Lunatic asylums Madras 1892-1911 - 1892-1911
Year: 1892
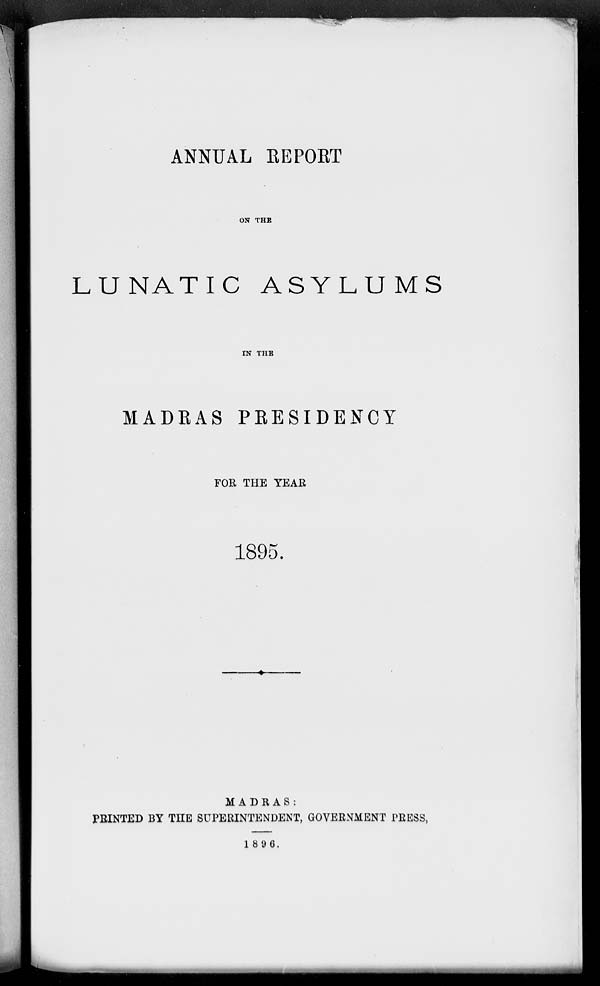
ANNUAL EEPORT
ON THE
LUNATIC ASYLUMS
IN THE
MADRAS PRESIDENCY
FOR THE TEAE
1895.
MADRAS :
FEINTED BY THE SUPERINTENDENT, GOVERNMENT PRESS,
1896.